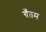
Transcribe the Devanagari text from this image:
ग्रँतम